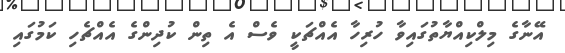
އޭނާގެ މިލްކިއްޔާތުގައިވާ ހުރިހާ އެއްޗަކީ ވެސް އެ ތިން ކުދިންގެ އެއްޗެހި ކަމުގައި